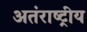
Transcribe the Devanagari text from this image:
अतंराष्ट्रीय